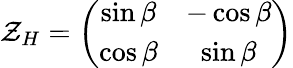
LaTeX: {\cal\mathcal{Z}}_{H}=\left(\begin{array}{cc}{{\sin\beta}}&{{-\cos\beta}}\\ {{\cos\beta}}&{{\sin\beta}}\end{array}\right)